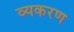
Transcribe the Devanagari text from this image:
व्यकरण